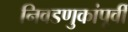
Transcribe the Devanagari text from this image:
निवडणुकांपूर्वी